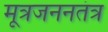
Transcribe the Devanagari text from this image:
मूत्रजननतंत्र